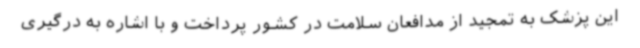
این پزشک به تمجید از مدافعان سلامت در کشور پرداخت و با اشاره به درگیری